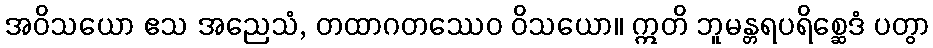
အဝိသယော ဧသ အညေသံ, တထာဂတဿေဝ ဝိသယော။ ဣတိ ဘူမန္တရပရိစ္ဆေဒံ ပတွာ